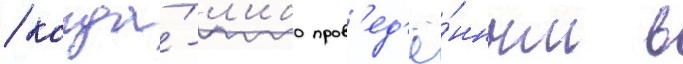
/ когда́-л'ибо пров'ед'ё́нным в